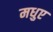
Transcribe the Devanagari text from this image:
मधुए